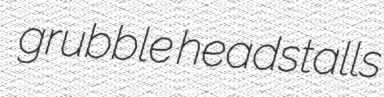
grubble headstalls